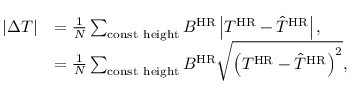
\begin{array} { r l } { \left\lvert \Delta T \right\rvert } & { = \frac { 1 } { N } \sum _ { \mathrm { c o n s t ~ h e i g h t } } B ^ { \mathrm { H R } } \left\lvert T ^ { \mathrm { H R } } - \hat { T } ^ { \mathrm { H R } } \right\rvert , } \\ & { = \frac { 1 } { N } \sum _ { \mathrm { c o n s t ~ h e i g h t } } B ^ { \mathrm { H R } } \sqrt { \left( T ^ { \mathrm { H R } } - \hat { T } ^ { \mathrm { H R } } \right) ^ { 2 } } , } \end{array}